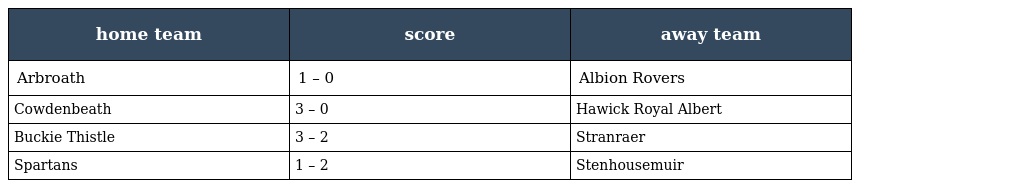
| home team | score | away team |
 | --- | --- | --- |
 | Arbroath | 1 – 0 | Albion Rovers |
 | Cowdenbeath | 3 – 0 | Hawick Royal Albert |
 | Buckie Thistle | 3 – 2 | Stranraer |
 | Spartans | 1 – 2 | Stenhousemuir |